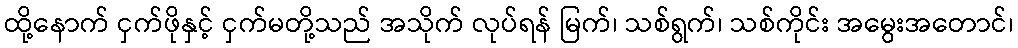
ထို့နောက် ငှက်ဖိုနှင့် ငှက်မတို့သည် အသိုက် လုပ်ရန် မြက်၊ သစ်ရွက်၊ သစ်ကိုင်း အမွေးအတောင်၊